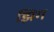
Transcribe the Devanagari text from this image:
झिग